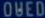
POVED